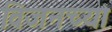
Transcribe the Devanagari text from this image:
विजनच्या